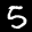
Label: 5